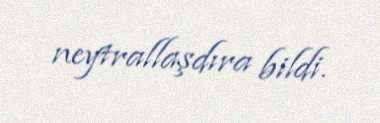
neytrallaşdıra bildi.